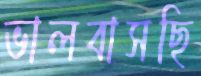
ভালবাসছি